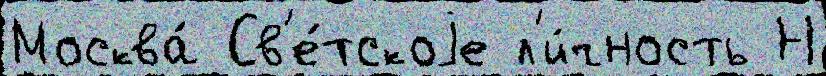
Москва́ Св'е́тскоjе л'и́чность Н